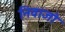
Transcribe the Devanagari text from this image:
निवाजो